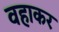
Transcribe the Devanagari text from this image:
वहाकर